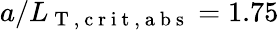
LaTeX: a/L_{\mathrm{~T~,~c~r~i~t~,~a~b~s~}}=1.75